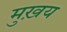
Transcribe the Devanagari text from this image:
मुख़य